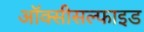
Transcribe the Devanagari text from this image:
ऑक्सीसल्फाइड